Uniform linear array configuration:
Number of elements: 64
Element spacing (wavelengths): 0.25
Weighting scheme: hamming
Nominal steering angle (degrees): -45
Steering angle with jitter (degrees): -45.552
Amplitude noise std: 0.05
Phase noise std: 0.05

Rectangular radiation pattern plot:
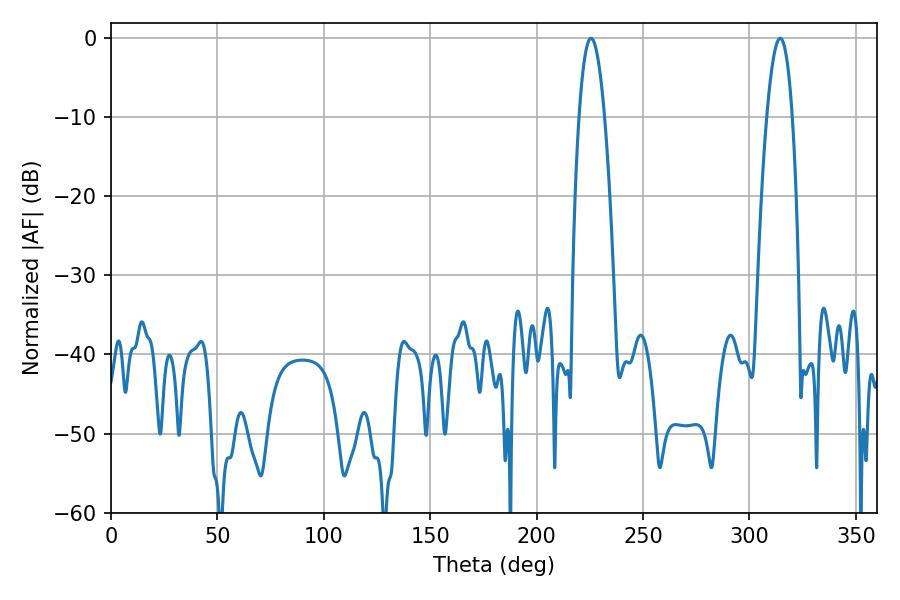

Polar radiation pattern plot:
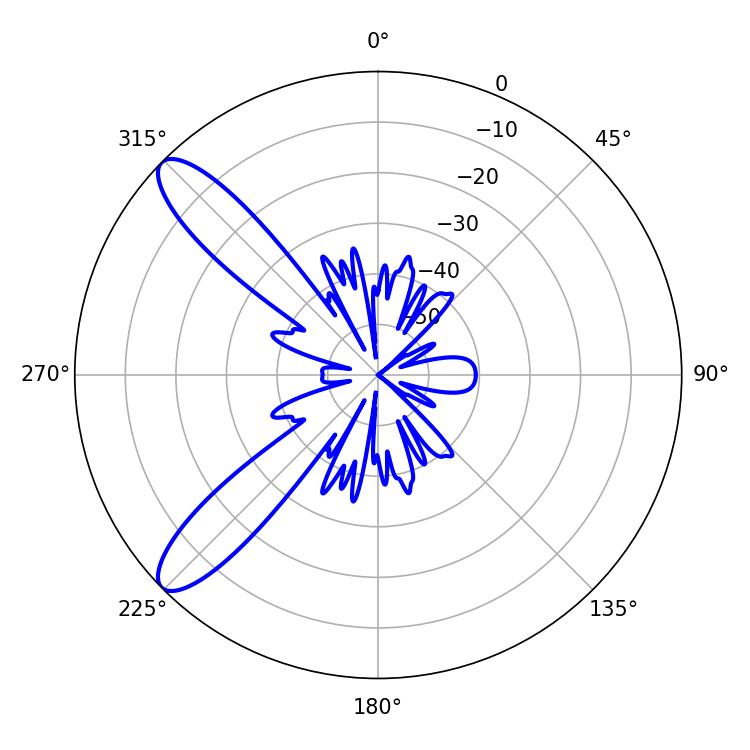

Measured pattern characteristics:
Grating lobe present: FALSE
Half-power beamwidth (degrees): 6.66
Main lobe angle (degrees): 225.54